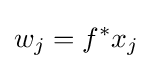
w_{j}=f^{*}x_{j}